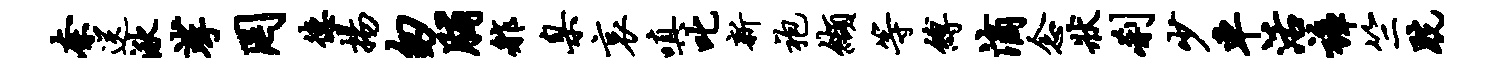
奈送湫挲罔德扬匆脯舴臬哀嗔叱新袍缬等缚滴念状刹少车活裤竺跣